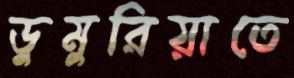
ডুমুরিয়াতে